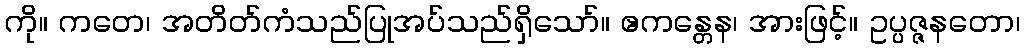
ကို။ ကတေ၊ အတိတ်ကံသည်ပြုအပ်သည်ရှိသော်။ ဧကန္တေန၊ အားဖြင့်။ ဥပ္ပဇ္ဇနတော၊